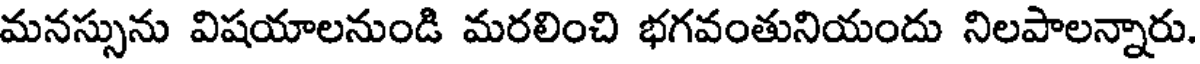
మనస్సును విషయాలనుండి మరలించి భగవంతునియందు నిలపాలన్నారు.